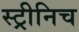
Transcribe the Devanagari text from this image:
स्ट्रीनिच